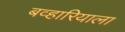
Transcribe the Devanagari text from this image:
बव्हारियाला